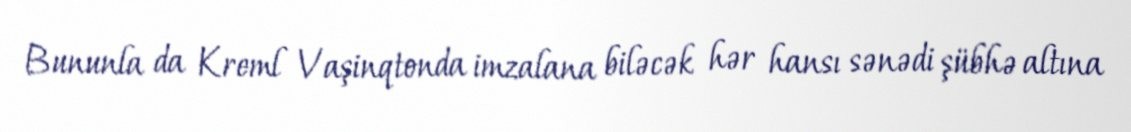
Bununla da Kreml Vaşinqtonda imzalana biləcək hər hansı sənədi şübhə altına